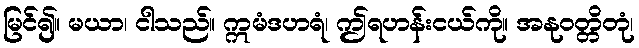
မြင်၍။ မယာ၊ ငါသည်။ ဣမံဒဟရံ၊ ဤရဟန်းငယ်ကို။ အနုဝတ္တိတုံ၊